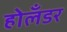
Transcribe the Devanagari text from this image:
होलॅंडर